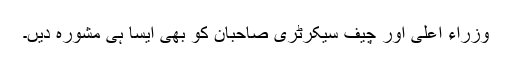
وزراء اعلیٰ اور چیف سیکرٹری صاحبان کو بھی ایسا ہی مشورہ دیں۔